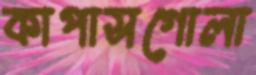
কাপাসগোলা